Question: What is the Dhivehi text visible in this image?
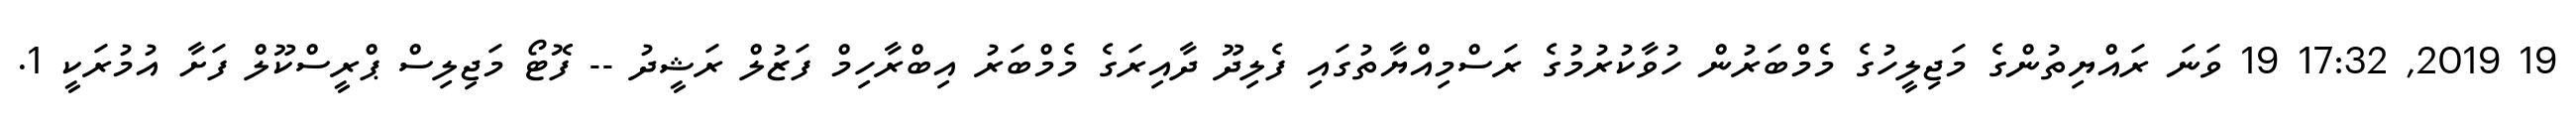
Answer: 19 2019, 17:32 19 ވަނަ ރައްޔިތުންގެ މަޖިލީހުގެ މެމްބަރުން ހުވާކުރުމުގެ ރަސްމިއްޔާތުގައި ފެލިދޫ ދާއިރަގެ މެމްބަރު އިބްރާހިމް ފަޒުލް ރަޝީދު -- ފޮޓޯ މަޖިލިސް ޕްރީސްކޫލް ފަށާ އުމުރަކީ 1.